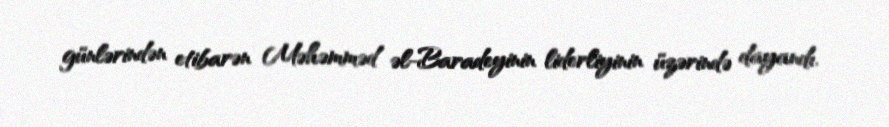
günlərindən etibarən Məhəmməd əl-Baradeyinin liderliyinin üzərində dayandı.